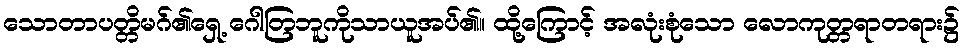
သောတာပတ္တိမဂ်၏ရှေ့ ဂေါတြဘူကိုသာယူအပ်၏။ ထို့ကြောင့် အလုံးစုံသော လောကုတ္တရာတရား၌